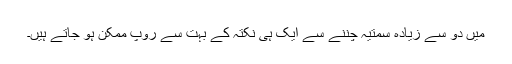
میں دو سے زیادہ سمتیہ چننے سے ایک ہی نکتہ کے بہت سے روپ ممکن ہو جاتے ہیں۔